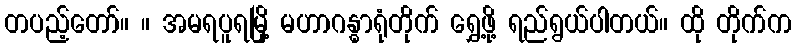
တပည့်တော်။ ။ အမရပူရမြို့ မဟာဂန္ဓာရုံတိုက် ရွှေ့ဖို့ ရည်ရွယ်ပါတယ်။ ထို တိုက်က